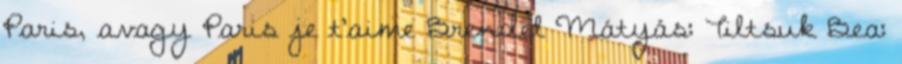
Paris, avagy Paris je t'aime Brendel Mátyás: Tiltsuk Bea: